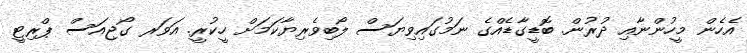
އެހެން މީހުންނާއި ދުރުން. ބޮޑީގާޑެއްގެ ނަމުގައިވިޔަސް ލޯބިވެރިޔާކަމަށް ހީކުރީ. އަވަރ ގޯޖިއަސް ޕްރިޓީ